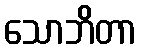
သောဘိတာ